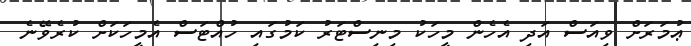
ޢުމަރަށް ވިއަސް އަދި އެހެން މީހަކު މިނިސްޓަރު ކަމުގައި ހުއްޓަސް އެމީހަކަށް ކުރެވޭނެ